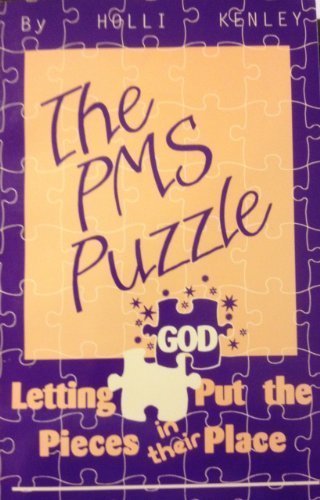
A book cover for The PMS Puzzle: Letting God Put the Pieces in Their Place; Holli Kenley; Health, Fitness & Dieting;